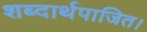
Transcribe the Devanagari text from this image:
शब्दार्थपाजित।